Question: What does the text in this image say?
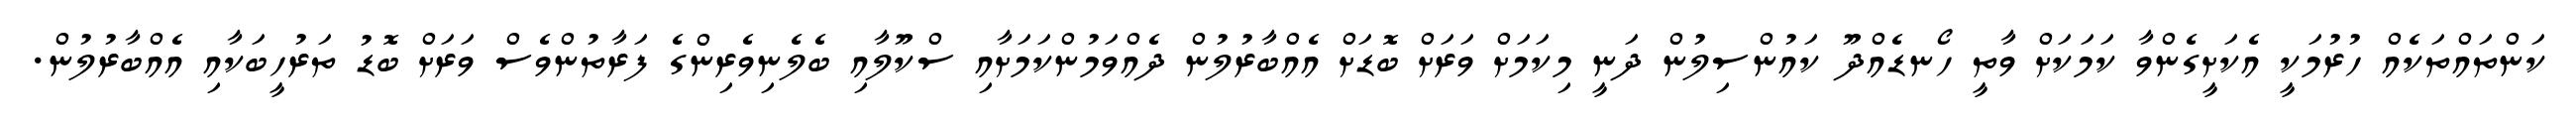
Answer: ކަންތައްތަކެއް ހުރުމަކީ އެކަށީގެންވާ ކަމަކަށް ވާތީ ހޯނޑެއްދޫ ކައުންސިލުން ދަނީ މިކަމަށް ވަރަށް ބޮޑަށް އެއްބާރުލުން ދެއްވަމުންކަމަށާއި ސްކޫލާއި ބެލެނިވެރިންގެ ފަރާތުންވެސް ވަރަށް ބޮޑު ތަރުހީބަކާއި އެއްބާރުލުން.